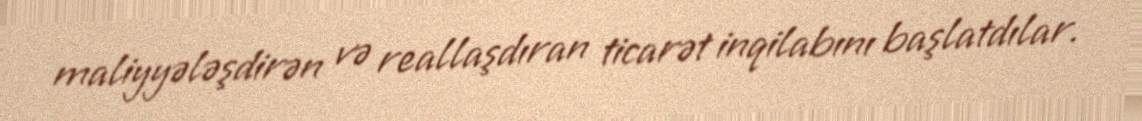
maliyyələşdirən və reallaşdıran ticarət inqilabını başlatdılar.